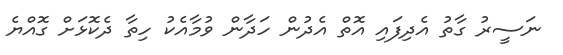
ނަސީރު ގާތު އެދިފައި އޮތް އެދުން ހަދާން ވުމާއެކު ހިތާ ދެކޮޅަށް ގޮއްޔެ